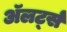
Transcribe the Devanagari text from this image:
अॅलर्ट्स